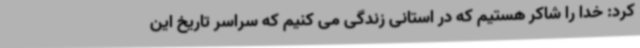
کرد: خدا را شاکر هستیم که در استانی زندگی می کنیم که سراسر تاریخ این